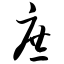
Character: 庶